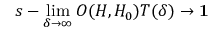
s - \operatorname * { l i m } _ { \delta \rightarrow \infty } O ( H , H _ { 0 } ) T ( \delta ) \rightarrow \mathbf { 1 }